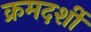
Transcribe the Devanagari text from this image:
क्रमदर्शी